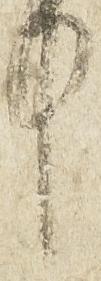
中